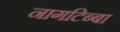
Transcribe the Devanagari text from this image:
नागटिब्बा